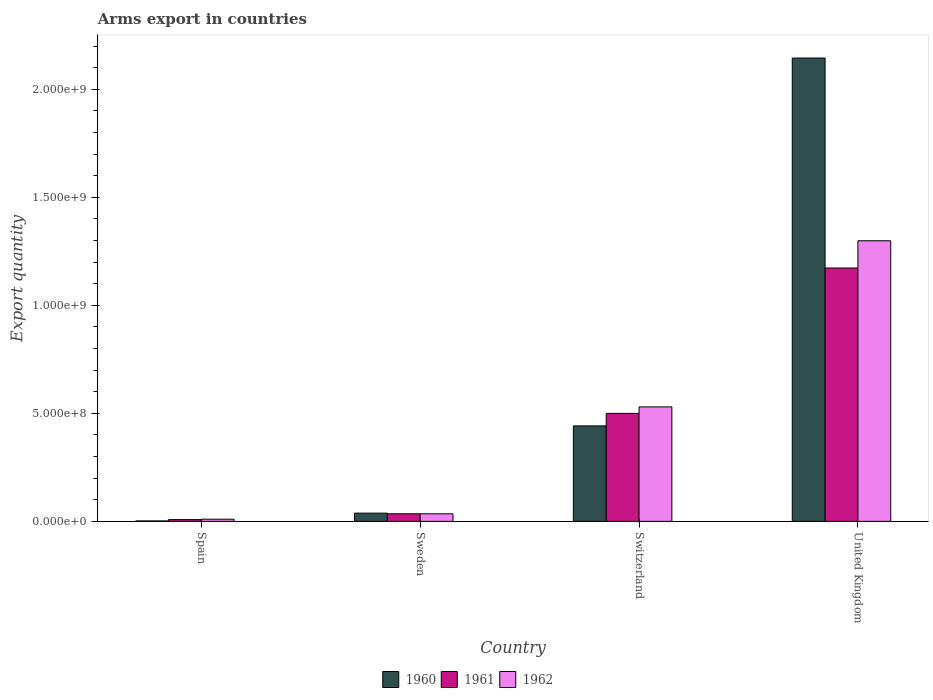
| Country | 1960 | 1961 | 1962 |
 | --- | --- | --- | --- |
 | Spain | 2e+06 | 8e+06 | 1e+07 |
 | Sweden | 3.8e+07 | 3.5e+07 | 3.5e+07 |
 | Switzerland | 4.42e+08 | 5e+08 | 5.3e+08 |
 | United Kingdom | 2.14e+09 | 1.17e+09 | 1.3e+09 |